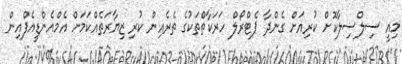
މިއީ ސިލްސިލާކޮށް ކުރިއަށް ގެންދާ ޕެޓްރޯލް ހަރަކާތްތަކުގެ ތެރެއިން ކުރި ޒިޔާރަތެއްކަމަށް އެމްއެންޑީއެފްއިން